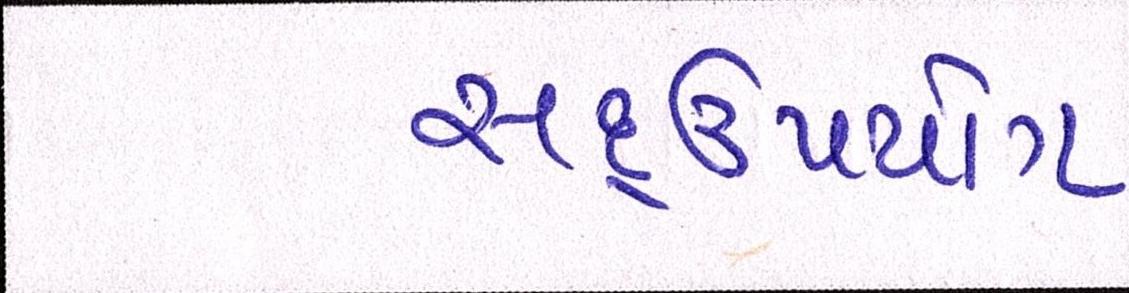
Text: સદ્ઉપયોગ